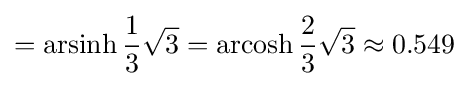
=\operatorname {arsinh} {\frac {1}{3}}{\sqrt {3}}=\operatorname {arcosh} {\frac {2}{3}}{\sqrt {3}}\approx 0.549